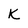
Character: K